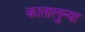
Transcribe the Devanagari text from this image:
कातालुन्या